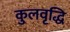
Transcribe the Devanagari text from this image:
कुलवृद्धि